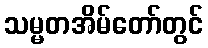
သမ္မတအိမ်တော်တွင်